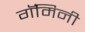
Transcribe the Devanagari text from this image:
गॅमिनी